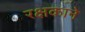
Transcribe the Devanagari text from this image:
रक्षकाने